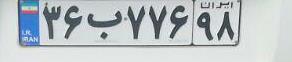
۳۶ب۷۷۶۹۸